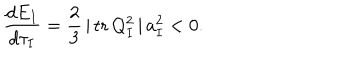
LaTeX: \frac { d E _ { I } } { d \tau _ { I } } = \frac { 2 } { 3 } \, \vert \, \mathrm { t r } \, Q _ { I } ^ { 2 } \, \vert \, a _ { I } ^ { 2 } < 0 .